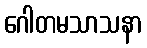
ဂေါတမသာသနာ